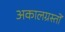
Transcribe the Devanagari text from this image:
अकालग्रस्तों